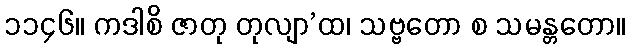
၁၁၄၆။ ကဒါစိ ဇာတု တုလျာ’ထ၊ သဗ္ဗတော စ သမန္တတော။